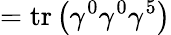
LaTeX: =\operatorname{tr}\left(\gamma^{0}\gamma^{0}\gamma^{5}\right)